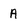
Character: A